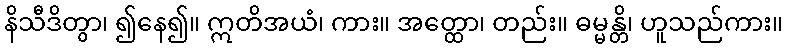
နိသီဒိတွာ၊ ၍နေ၍။ ဣတိအယံ၊ ကား။ အတ္ထော၊ တည်း။ ဓမ္မန္တိ၊ ဟူသည်ကား။